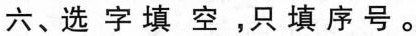
六、选字填空，只填序号。